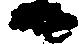
日